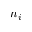
n _ { i }